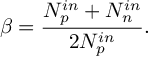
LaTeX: \beta = \frac { N _ { p } ^ { i n } + N _ { n } ^ { i n } } { 2 N _ { p } ^ { i n } } .